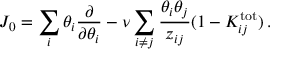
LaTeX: J _ { 0 } = \sum _ { i } \theta _ { i } { \frac { \partial } { \partial \theta _ { i } } } - \nu \sum _ { i \ne j } { \frac { \theta _ { i } \theta _ { j } } { z _ { i j } } } ( 1 - K _ { i j } ^ { \mathrm { t o t } } ) \, .